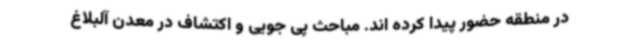
در منطقه حضور پیدا کرده اند. مباحث پی جویی و اکتشاف در معدن آلبلاغ